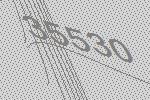
35530